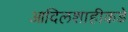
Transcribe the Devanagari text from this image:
आदिलशाहीकडे